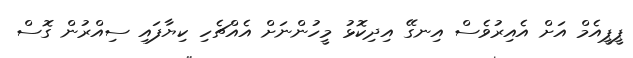
ޕީޕީއެމް އަށް އެއިރުވެސް އިނގޭ އިދިކޮޅު މީހުންނަށް އެއްޗެހި ކިޔާފައި ސިއްރުން ގޮސް